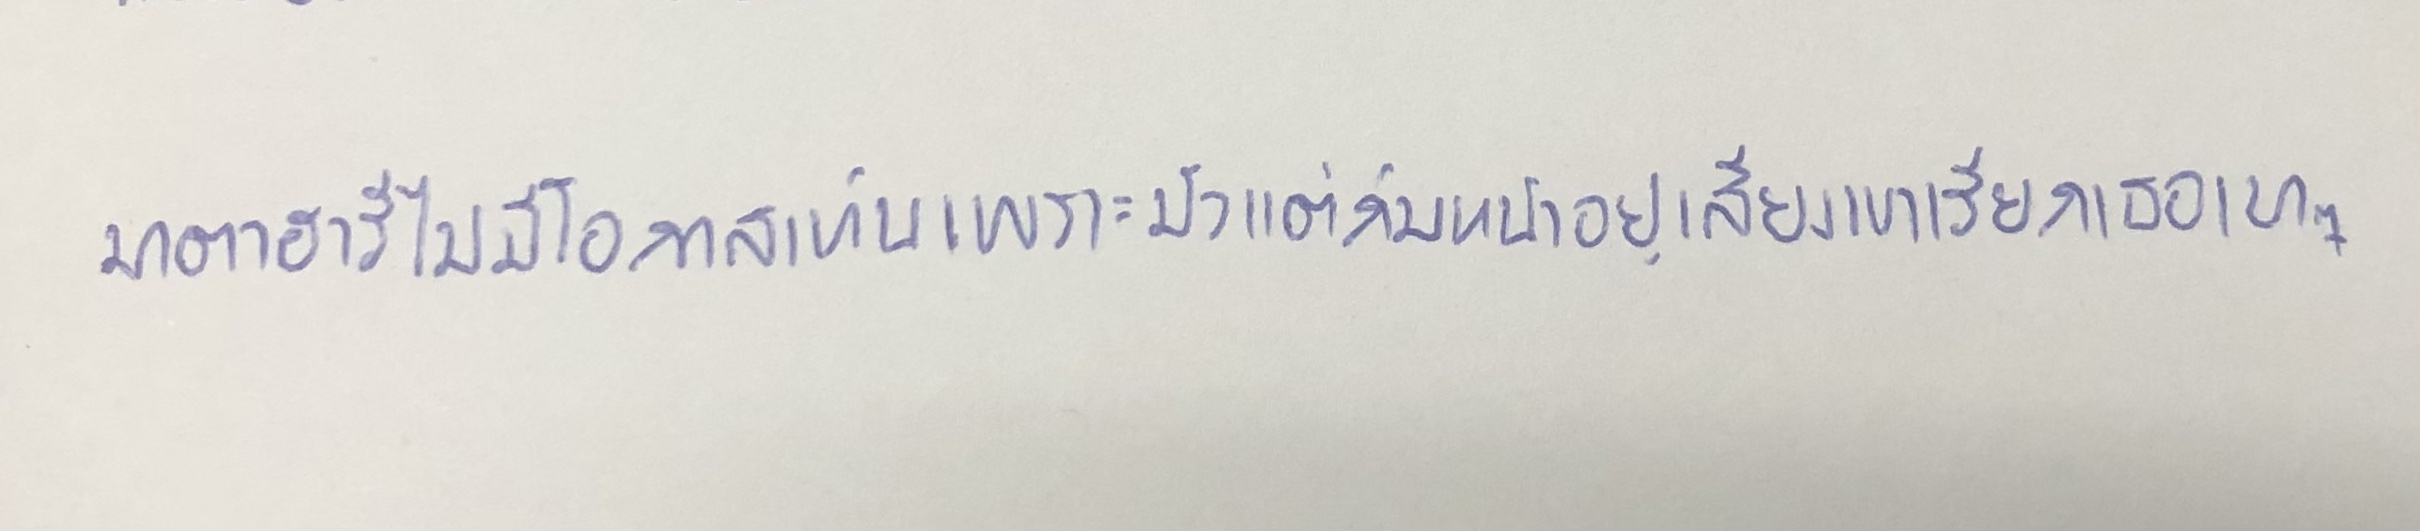
มาตาฮารีไม่มีโอกาสเห็นเพราะมัวแต่ก้มหน้าอยู่เสียงเขาเรียกเธอเบาๆ